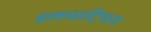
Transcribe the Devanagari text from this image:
डलमाटियन